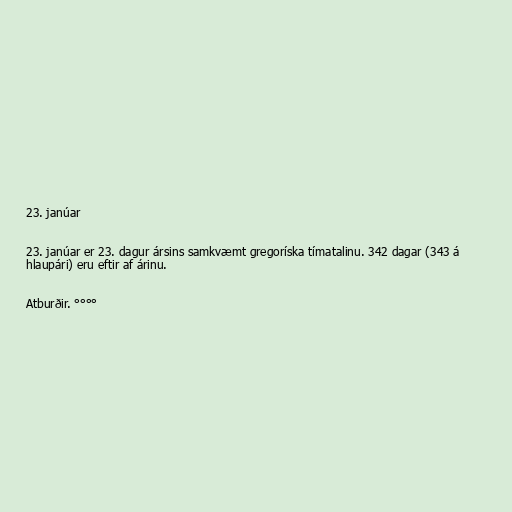
23. janúar

23. janúar er 23. dagur ársins samkvæmt gregoríska tímatalinu. 342 dagar (343 á
hlaupári) eru eftir af árinu.

Atburðir. °°°°